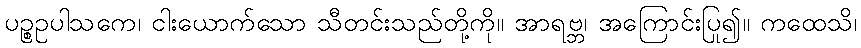
ပဉ္စဥပါသကေ၊ ငါးယောက်သော သီတင်းသည်တို့ကို။ အာရဗ္ဘ၊ အကြောင်းပြု၍။ ကထေသိ၊